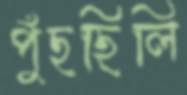
পুঁছছিলি